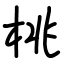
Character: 桃